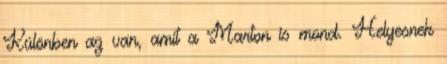
Különben az van, amit a Marton is mond. Helyesnek